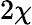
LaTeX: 2\chi